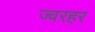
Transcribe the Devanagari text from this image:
ज्वरहर